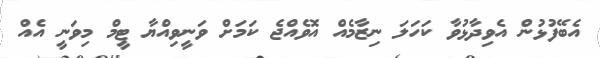
އެބޭފުޅުން އެވިދާޅުވާ ކަހަލަ ނިޒާމެއް އޮވެއްޖެ ކަމަށް ވަނީވިއްޔާ ޓީމް މިވަނީ އެއް